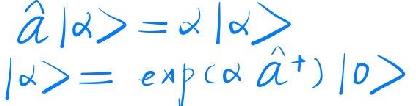
\[
\begin{align*}
\hat{a}|\alpha\rangle&=\alpha|\alpha\rangle\\
|\alpha\rangle&=\exp(\alpha\hat{a}^+)|0\rangle
\end{align*}
\]